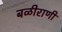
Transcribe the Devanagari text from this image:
बळीराणी